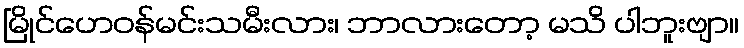
မြိုင်ဟေဝန်မင်းသမီးလား၊ ဘာလားတော့ မသိ ပါဘူးဗျာ။